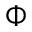
\Phi